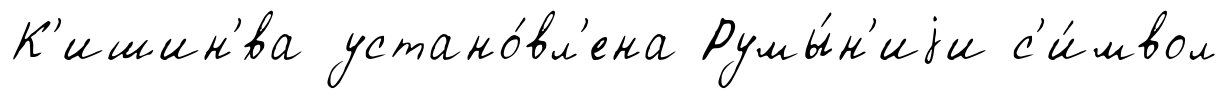
К'ишин'́ва устано́вл'ена Румы́н'иjи с'и́мвол